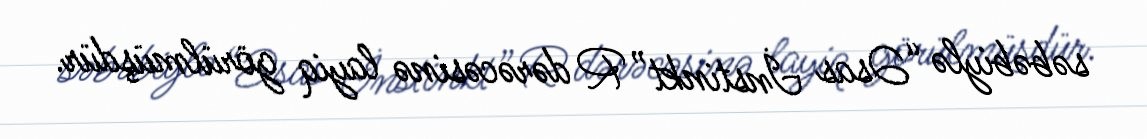
səbəbiylə “Əsas İnstinkt” R dərəcəsinə layiq görülmüşdür.